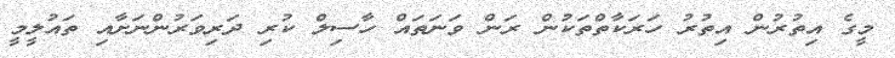
މީގެ އިތުރުން އިތުރު ހަރަކާތްތަކުން ރަން ވަނަތައް ހާސިލް ކުރި ދަރިވަރުންނަށާއި ތައުލީމީ